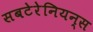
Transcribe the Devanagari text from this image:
सबटेरेनियन्स